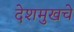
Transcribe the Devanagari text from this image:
देशमुखचे